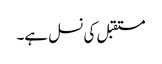
مستقبل کی نسل ہے۔